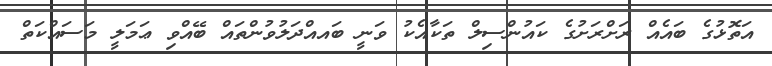
އަތޮޅުގެ ބައެއް ރަށްރަށުގެ ކައުންސިލް ތަކާއެކު ވަަނީ ބައއްދަލުވުންތައް ބޭއްވި ޢަމަލީ މަސައްކަތް